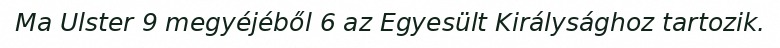
Ma Ulster 9 megyéjéből 6 az Egyesült Királysághoz tartozik.